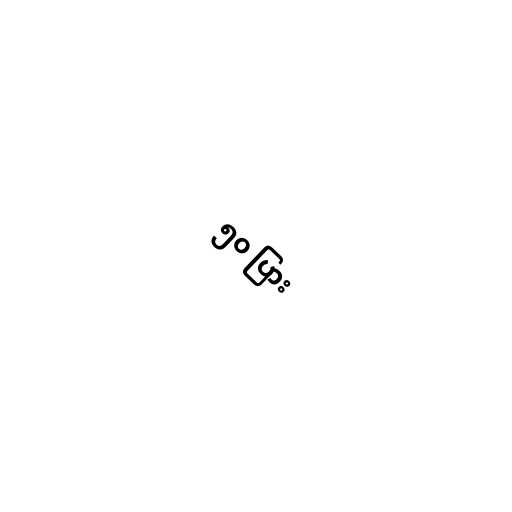
၅၀ ပြား